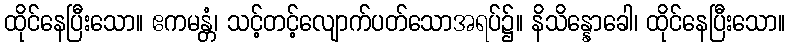
ထိုင်နေပြီးသော။ ဧကမန္တံ၊ သင့်တင့်လျောက်ပတ်သောအရပ်၌။ နိသိန္နောခေါ၊ ထိုင်နေပြီးသော။